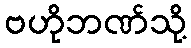
ဗဟိုဘဏ်သို့